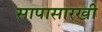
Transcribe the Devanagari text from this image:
सापासारखी